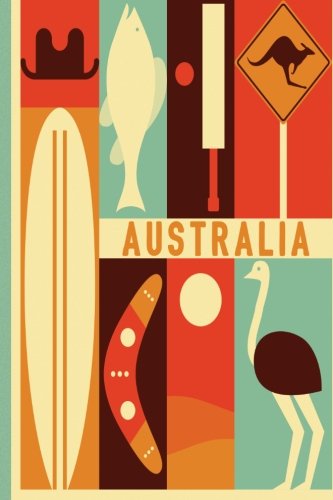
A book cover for Australia Travel Journal: Wanderlust; Lana Barce; Travel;